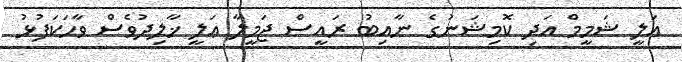
އަލީ ޝަމީމް އަދި ކޮމިޝަނުގެ ނާއިބު ރައީސް ޖަމީލާ ޢަލީ ޚާލިދުވެސް ވާހަކަފުޅު